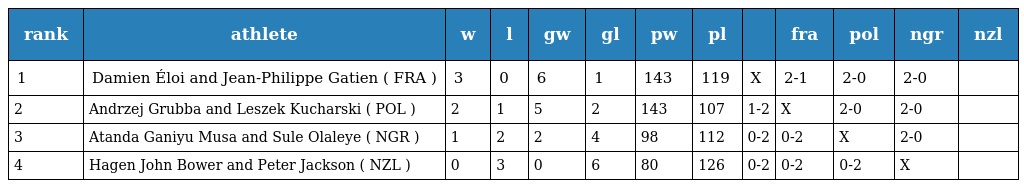
| rank | athlete | w | l | gw | gl | pw | pl |  | fra | pol | ngr | nzl |
 | --- | --- | --- | --- | --- | --- | --- | --- | --- | --- | --- | --- | --- |
 | 1 | Damien Éloi and Jean-Philippe Gatien ( FRA ) | 3 | 0 | 6 | 1 | 143 | 119 | X | 2-1 | 2-0 | 2-0 |  |
 | 2 | Andrzej Grubba and Leszek Kucharski ( POL ) | 2 | 1 | 5 | 2 | 143 | 107 | 1-2 | X | 2-0 | 2-0 |  |
 | 3 | Atanda Ganiyu Musa and Sule Olaleye ( NGR ) | 1 | 2 | 2 | 4 | 98 | 112 | 0-2 | 0-2 | X | 2-0 |  |
 | 4 | Hagen John Bower and Peter Jackson ( NZL ) | 0 | 3 | 0 | 6 | 80 | 126 | 0-2 | 0-2 | 0-2 | X |  |